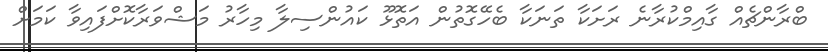
ބްރާންޗެއް ގާއިމްކުރާނެ ރަށަކާ ތަނަކާ ބެހޭގޮތުން އަތޮޅޫ ކައުންސިލާ މިހާރު މަޝްވަރާކޮށްފައިވާ ކަމަށް